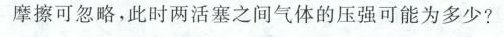
摩擦可忽略，此时两活塞之间气体的压强可能为多少?